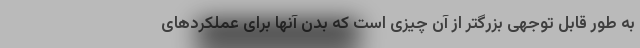
به طور قابل توجهی بزرگتر از آن چیزی است که بدن آنها برای عملکردهای